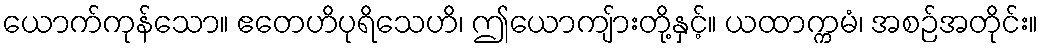
ယောက်ကုန်သော။ ဧတေဟိပုရိသေဟိ၊ ဤယောကျ်ားတို့နှင့်။ ယထာက္ကမံ၊ အစဉ်အတိုင်း။